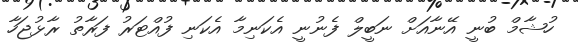
ހުޝާމް ބުނީ އޭނާއަށް ނަބީލް ފެނުނީ އެކަނިމާ އެކަނި ފުއްޓަރު ފަރާތު ރާޅުޖަހާ